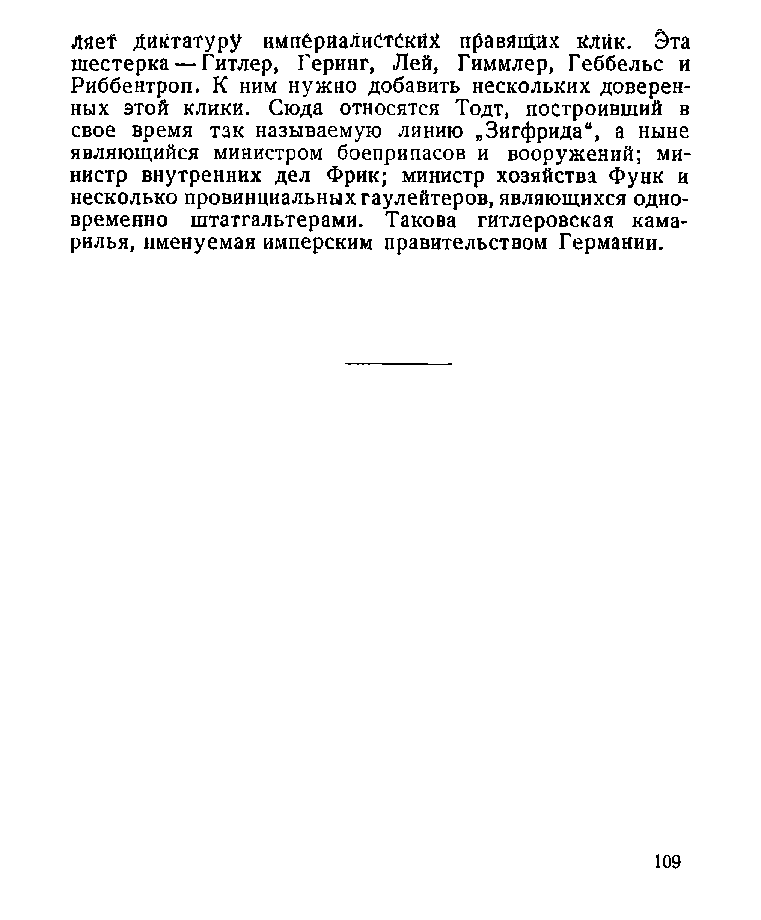
Ляе1* Диктатуру импёрйалиСтСкйк правящих клик. Эта
 шестерка — Гитлер, Геринг, Лей, Гиммлер, Геббельс и
 Риббентроп. К ним нужно добавить нескольких доверен­
 ных этой клики. Сюда относятся Тодт, построивший в
 свое время так называемую линию „Зигфрида“, а ныне
 являющийся министром боеприпасов и вооружений; ми­
 нистр внутренних дел Фрик; министр хозяйства Функ и
 несколько провинциальных гаулейтеров, являющихся одно­
 временно штатгальтерами. Такова гитлеровская кама­
 рилья, именуемая имперским правительством Германии.
 109